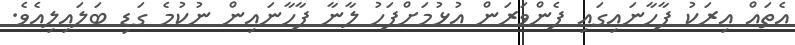
އެތައް އިރަކު ފާހާނައިގައި ފެންވަރަން އުޅުމަށްފަހު ލާނާ ފާހާނައިން ނުކުމެ ގަޑި ބަލައިލިއެވެ.